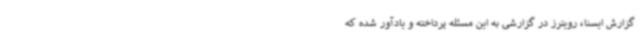
گزارش ایسنا، رویترز در گزارشی به این مسئله پرداخته و یادآور شده که